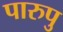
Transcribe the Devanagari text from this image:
पारुपु